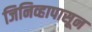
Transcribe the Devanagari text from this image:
जिनिव्हापासून